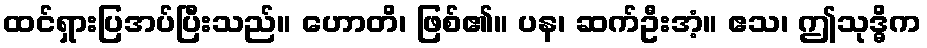
ထင်ရှားပြအပ်ပြီးသည်။ ဟောတိ၊ ဖြစ်၏။ ပန၊ ဆက်ဦးအံ့။ ဧသ၊ ဤသုဒ္ဓိက